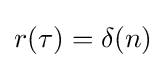
r(\tau )=\delta (n)